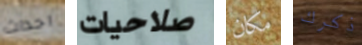
احداث صلاحيات مكان ذكرك